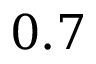
0 . 7